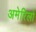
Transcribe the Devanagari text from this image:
अमेरिलो